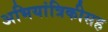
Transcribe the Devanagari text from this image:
अभियांत्रिकीसह